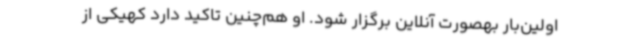
اولین‌بار بهصورت آنلاین برگزار شود. او هم‌چنین تاکید دارد کهیکی از